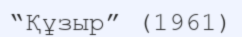
“Құзыр” (1961)